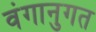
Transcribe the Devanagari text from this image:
वंगानुगत